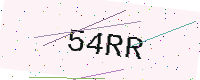
Text: 54RR